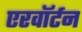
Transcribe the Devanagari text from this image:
एरवॉर्टन